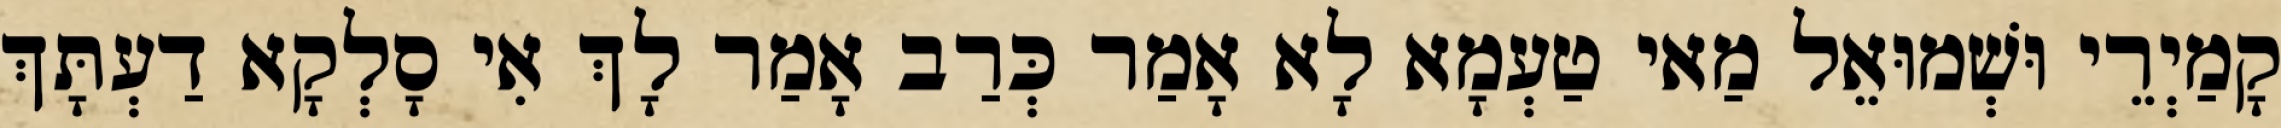
קָמַיְרֵי וּשְׁמוּאֵל מַאי טַעְמָא לָא אָמַר כְּרַב אָמַר לָךְ אִי סָלְקָא דַעְתָּךְ